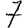
Digit: 7